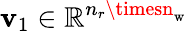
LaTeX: \mathbf{v}_{1}\in\mathbb{{R}}^{n_{r}\timesn_{\mathrm{{w}}}}